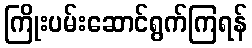
ကြိုးပမ်းဆောင်ရွက်ကြရန်